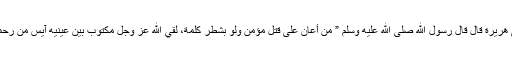
عَنْ أَبِي هُرَيْرَةَ قَالَ قَالَ رَسُولُ اللّٰهِ صَلَّى اللّٰهُ عَلَيْهِ وَسَلَّمَ ” مَنْ أَعَانَ عَلَى قَتْلِ مُؤْمِنٍ وَلَوْ بِشَطْرِ كَلِمَةٍ، لَقِيَ اللّٰهَ عَزَّ وَجَلَّ مَكْتُوبٌ بَيْنَ عَيْنَيْهِ آيِسٌ مِنْ رَحْمَةِ اللّٰهِ”۔